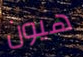
هيون